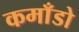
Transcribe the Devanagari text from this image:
कमाँडो